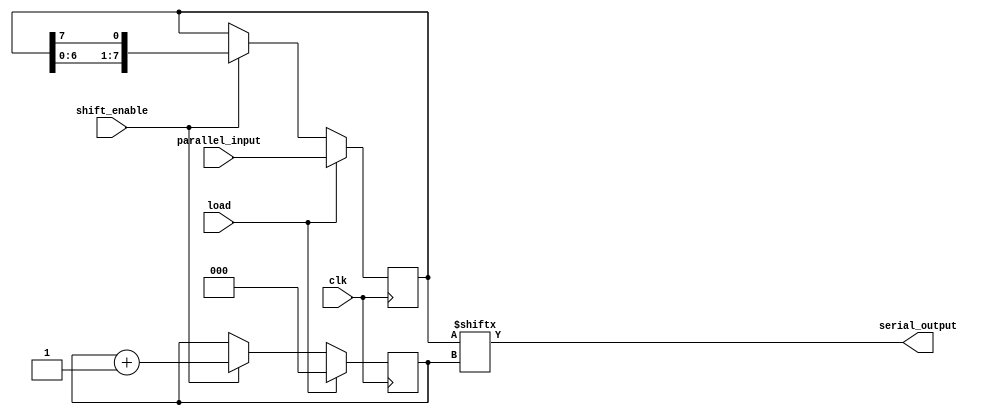
module parallel_in_serial_out_register (
input clk,
input load,
input shift_enable,
input [7:0] parallel_input,
output serial_output
);

reg [7:0] register;
reg [2:0] counter;

always @(posedge clk) begin
if (load) begin
register <= parallel_input;
counter <= 0;
end else if (shift_enable) begin
register <= {register[6:0], register[7]};
counter <= counter + 1;
end
end

assign serial_output = register[counter];

endmodule